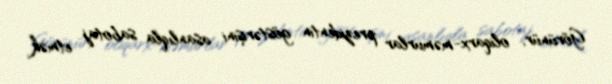
Görünür, oliqarx-məmurlar prezidentin göstərişini asanlıqla sabotaj etmək